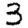
Digit: 3